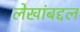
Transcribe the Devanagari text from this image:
लेखांबद्दल